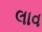
લાવ